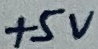
Text: +5V